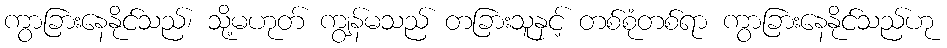
ကွာခြားနေနိုင်သည်၊ သို့မဟုတ် ကျွန်မသည် တခြားသူနှင့် တစ်စုံတစ်ရာ ကွာခြားနေနိုင်သည်ဟု